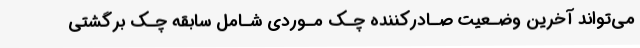
می‌تواند آخرین وضـعیت صـادرکننده چـک مـوردی شـامل سابقه چـک برگشتی